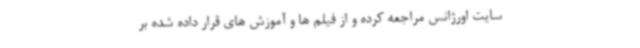
سایت اورژانس مراجعه کرده و از فیلم ها و آموزش های قرار داده شده بر